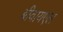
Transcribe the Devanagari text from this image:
बीवायएल